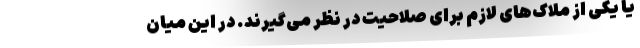
یا یکی از ملاک‌های لازم برای صلاحیت در نظر می‌گیرند. در این میان